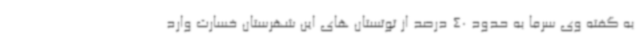
به گفته وی سرما به حدود 40 درصد از توتستان های این شهرستان خسارت وارد